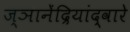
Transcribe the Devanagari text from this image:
ज्ञानेंद्रियांद्वारे